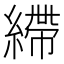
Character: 𦄂